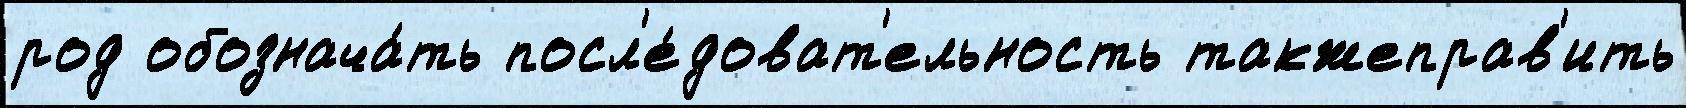
род обознача́ть посл'е́доват'ельность такжеправ'ить